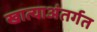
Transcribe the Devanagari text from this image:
खात्याअंतर्गत